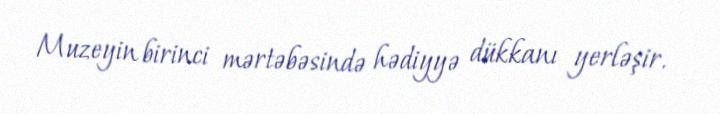
Muzeyin birinci mərtəbəsində hədiyyə dükkanı yerləşir.